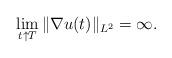
LaTeX: \begin{align*}\lim_{t\uparrow T} \|\nabla u(t)\|_{L^2} =\infty.\end{align*}